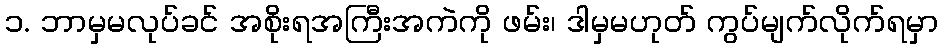
၁. ဘာမှမလုပ်ခင် အစိုးရအကြီးအကဲကို ဖမ်း၊ ဒါမှမဟုတ် ကွပ်မျက်လိုက်ရမှာ